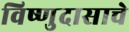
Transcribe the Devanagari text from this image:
विष्णुदासाचे